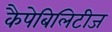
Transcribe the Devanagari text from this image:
कैपेबिलिटीज